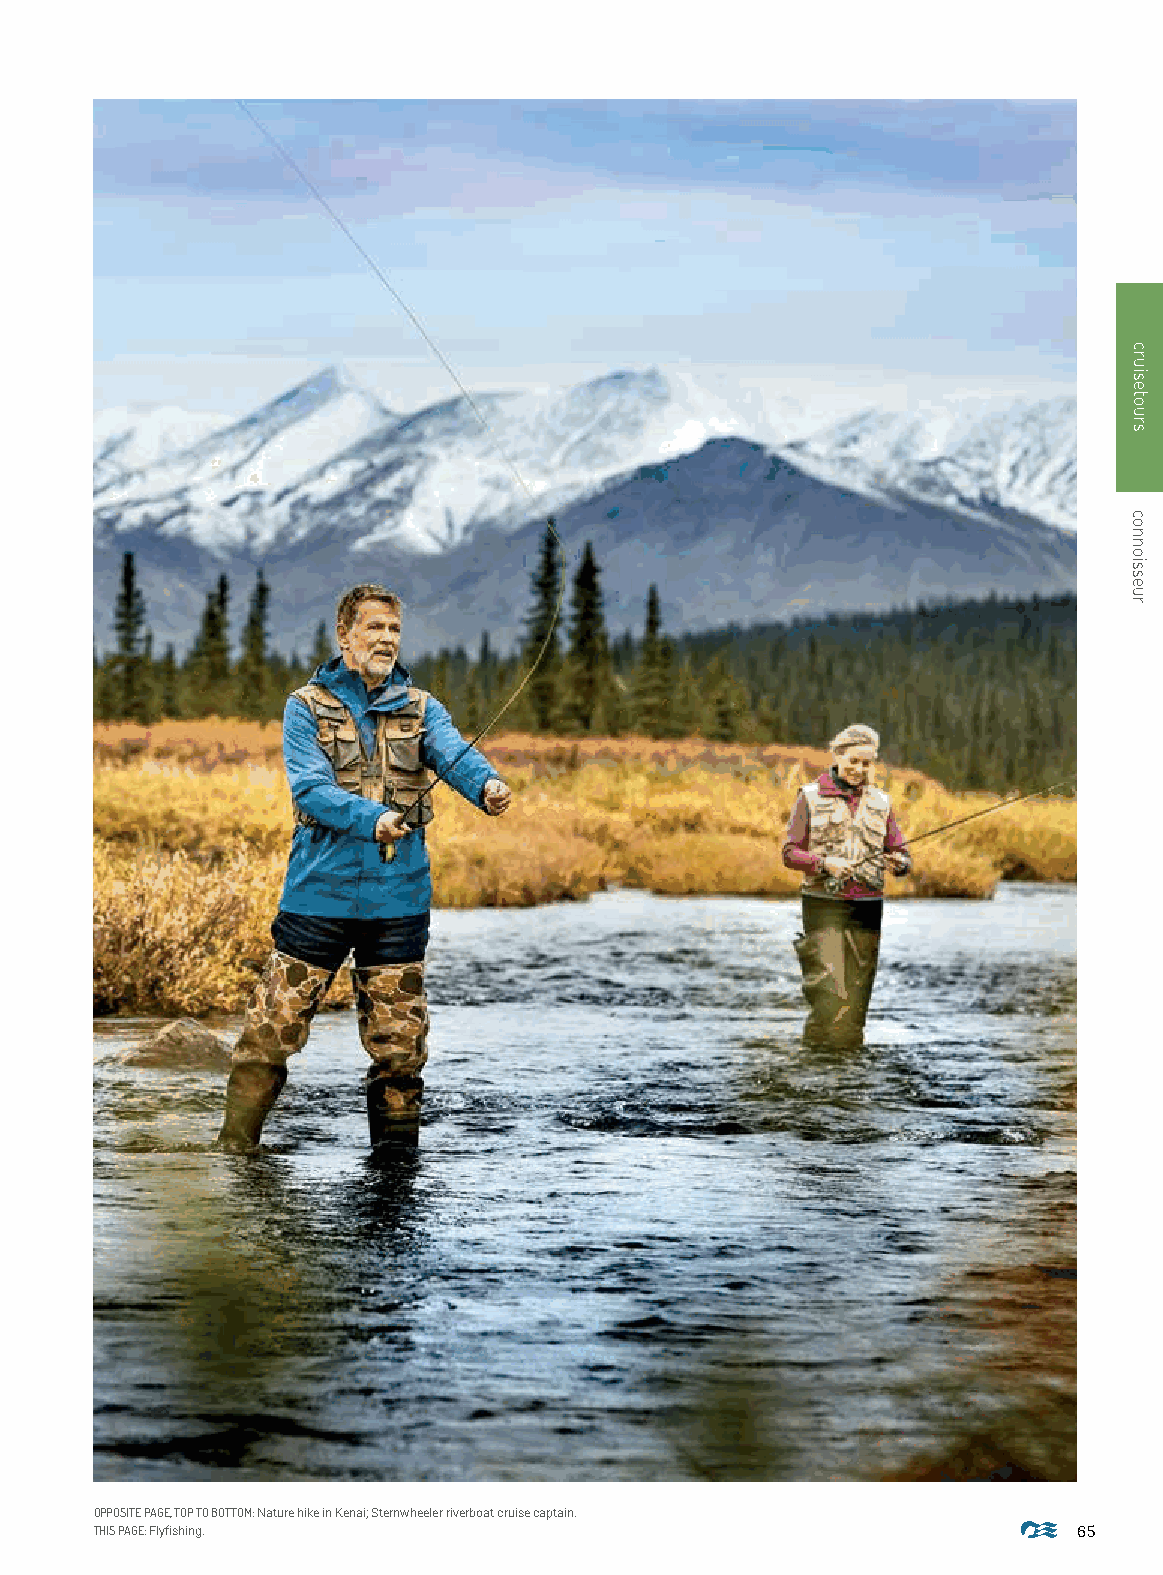
OPPOSITE PAGE, TOP TO BOTTOM: Nature hike in Kenai; Sternwheeler riverboat cruise captain.
 THIS PAGE: Flyfishing.                                           65
 cruisetours
 connoisseur